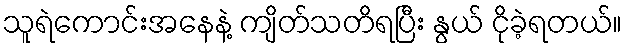
သူရဲကောင်းအနေနဲ့ ကျိတ်သတိရပြီး နွယ် ငိုခဲ့ရတယ်။